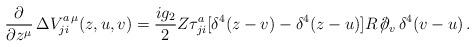
LaTeX: \begin{align*}\frac{\partial}{\partial z^\mu}\,\Delta V^{a\,\mu}_{ji}(z,u,v)=\frac{ig_2}{2}Z\tau^a_{ji}[\delta^4(z-v)-\delta^4(z-u)]R\, /\hspace{-2mm}\partial_v\,\delta^4(v-u) \, .\end{align*}